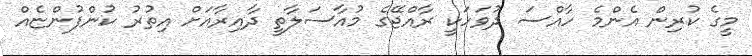
މީގެ ކުރިން އެންމެ ހާއްސަ ދުވަހަކީ ރާއްޖޭގެ މުއާސަލާތީ ދާއިރާއަށް އިތުރު ކުންފުންޏެއް